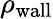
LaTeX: \rho_{\mathrm{wall}}